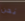
نحن